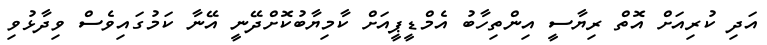
އަދި ކުރިއަށް އޮތް ރިޔާސީ އިންތިހާބު އެމްޑީޕީއަށް ކާމިޔާބުކޮށްދޭނީ އޭނާ ކަމުގައިވެސް ވިދާޅުވި